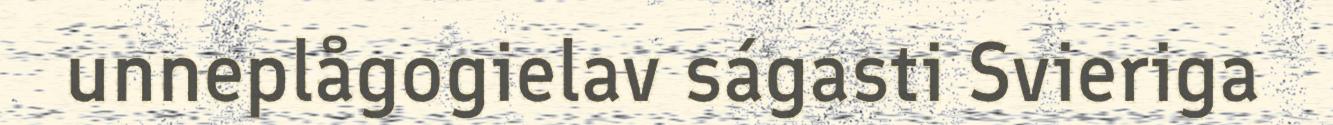
unneplågogielav ságasti Svieriga